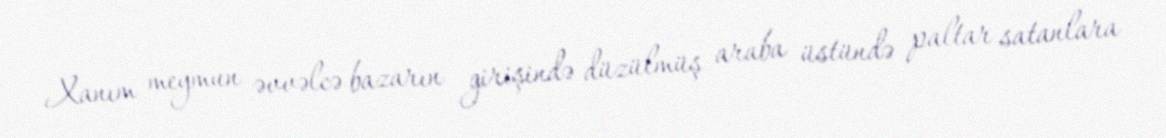
Xanım meymun əvvəlcə bazarın girişində düzülmüş araba üstündə paltar satanlara